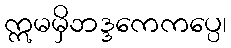
ဣမမှိဘဒ္ဒကေကပ္ပေ၊